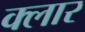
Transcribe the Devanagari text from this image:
क्लार